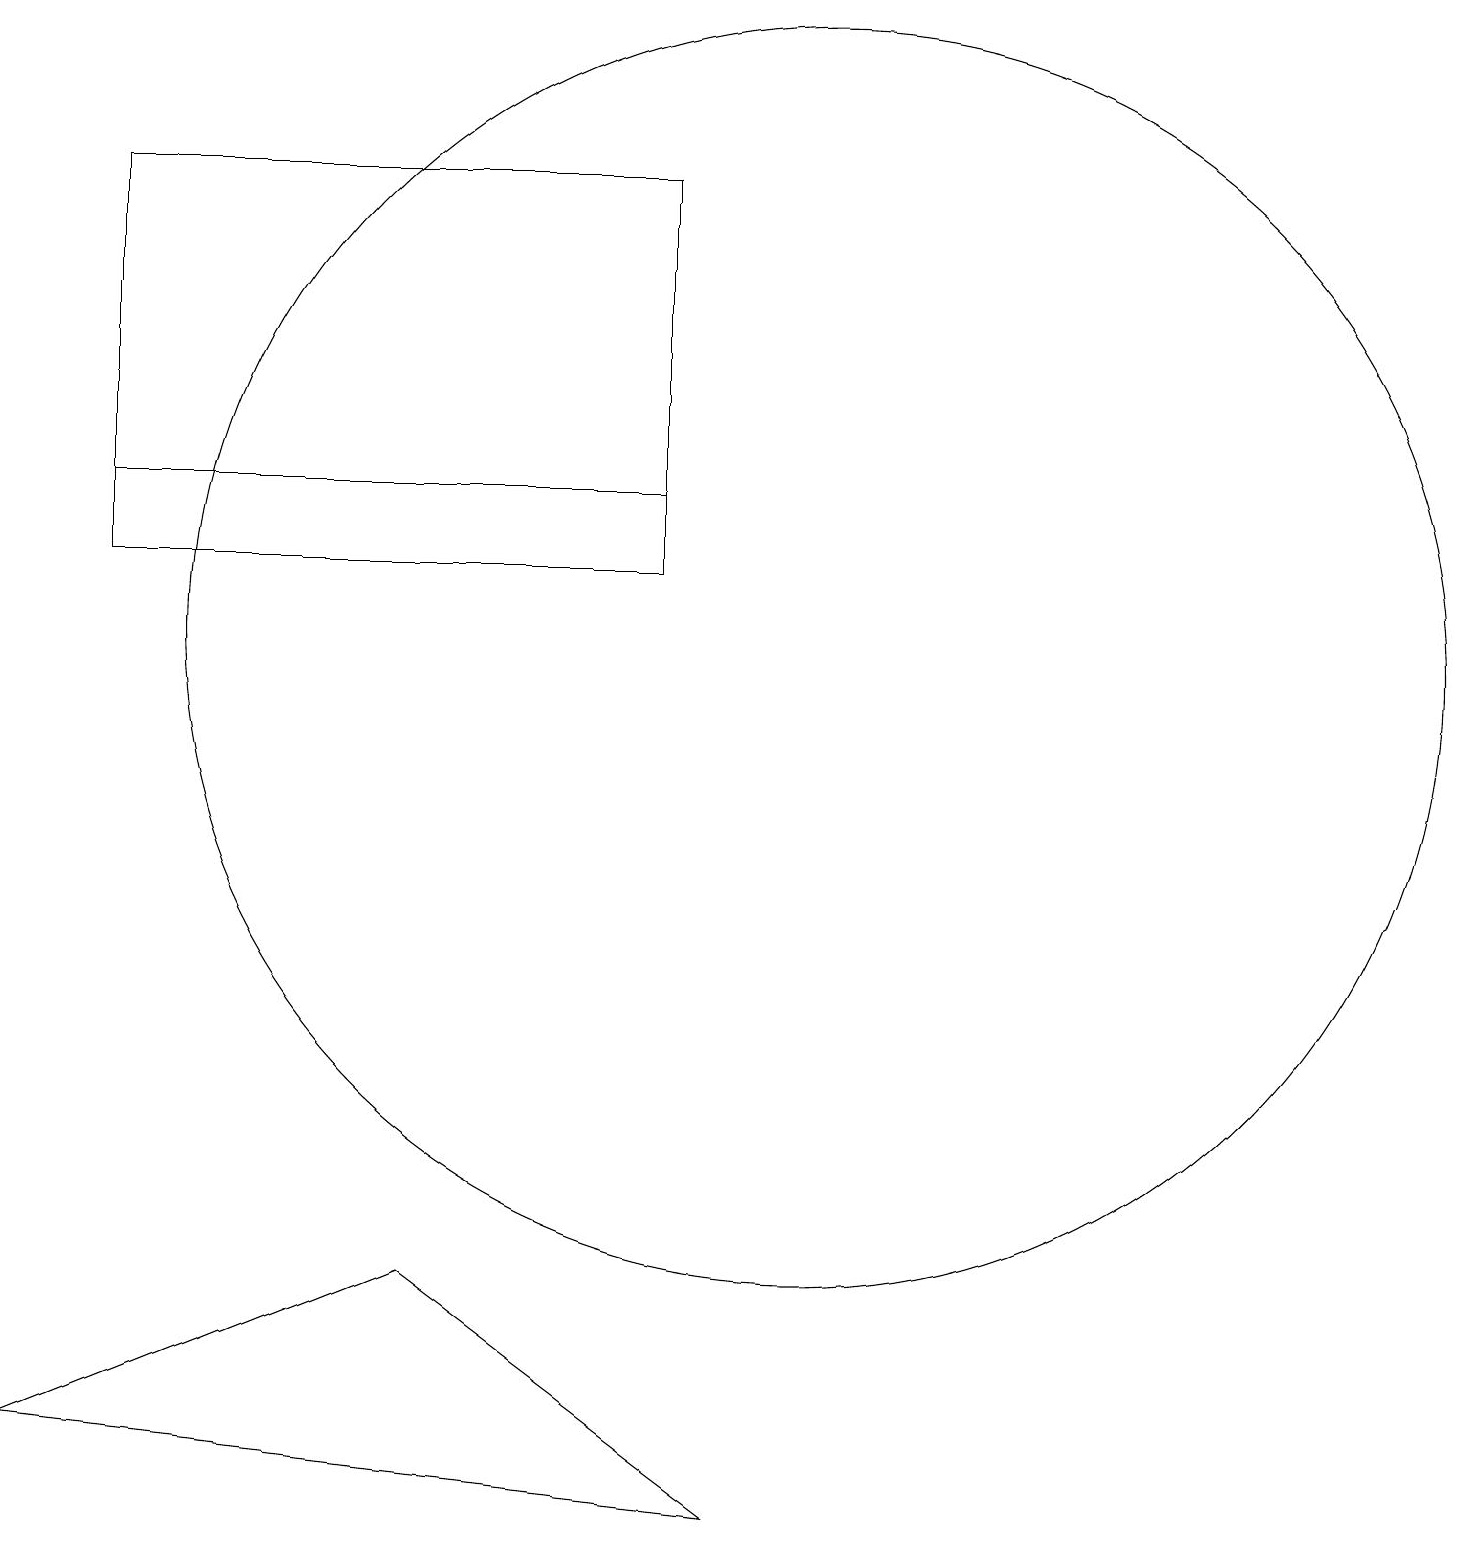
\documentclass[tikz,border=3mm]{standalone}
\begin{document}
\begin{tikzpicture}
\draw (9,0) -- (0,1) -- (5,3) -- cycle;
\draw (1,13) rectangle (8,17);
\draw (8,12) rectangle (1,13);
\draw (10,11) circle (8);
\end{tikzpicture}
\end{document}